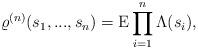
LaTeX: \begin{align*}\varrho^{(n)} (s_1,...,s_n) = \mathrm{E} \prod_{i = 1}^{n} \Lambda(s_i),\end{align*}